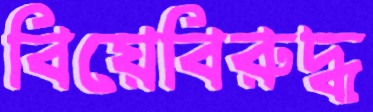
বিয়েবিরুদ্ধ